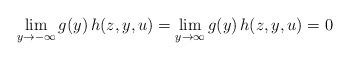
LaTeX: \begin{align*}\lim_{y\to -\infty} g(y)\,h(z,y,u) = \lim_{y\to \infty} g(y)\,h(z,y,u) = 0\end{align*}